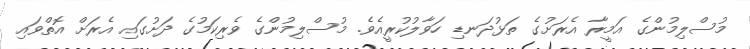
މުސްލިމުންގެ އަމީރާ އެރަށުގެ ތަޅުދަނޑި ހަވާލުކުރީއެވެ. މުސްލިމުންގެ ވެރިކަމުގެ ދަށުގައި އެރަށް އޮތްވައި